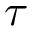
\tau